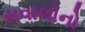
સવાલોનો